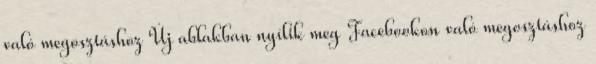
való megosztáshoz Új ablakban nyílik meg Facebookon való megosztáshoz